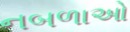
નબળાઓ